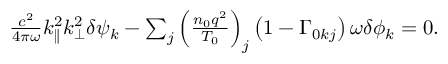
\begin{array} { r } { \frac { c ^ { 2 } } { 4 \pi \omega } k _ { \parallel } ^ { 2 } k _ { \perp } ^ { 2 } \delta \psi _ { { k } } - \sum _ { j } \left( \frac { n _ { 0 } q ^ { 2 } } { T _ { 0 } } \right) _ { j } \left( 1 - \Gamma _ { 0 k j } \right) \omega \delta \phi _ { { k } } = 0 . } \end{array}